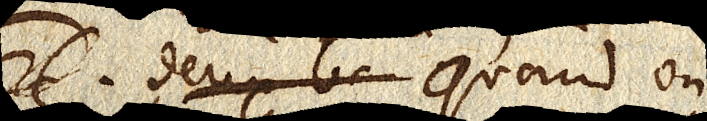
2. deux b Quand on